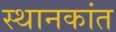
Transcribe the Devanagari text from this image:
स्थानकांत